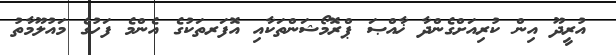
އުރީދޫ އިން ކުރިއަށްގެންދާ ޚާއްޞަ ޕްރޮމޯޝަންތަކާއި އޮފަރތަކުގެ އެންމެ ފަހުގެ މައުލޫމާތު